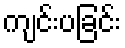
ကျင်းပခြင်း